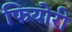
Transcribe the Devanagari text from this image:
फियोरी